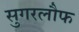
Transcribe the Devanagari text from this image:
सुगरलौफ